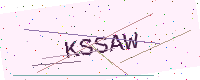
Text: KSSAW